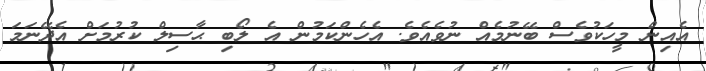
އެއިން މީހަކުވެސް ބޭނުމެއް ނުވެއެވެ. އެހެންކަމުން އެ ލޯބި ޙާސިލް ކުރުމަށް އެދޭނަމަ